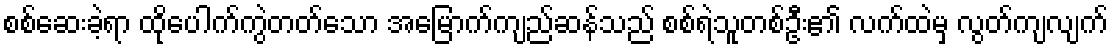
စစ်ဆေးခဲ့ရာ ထိုပေါက်ကွဲတတ်သော အမြောက်ကျည်ဆန်သည် စစ်ရဲသူတစ်ဦး၏ လက်ထဲမှ လွတ်ကျလျက်